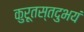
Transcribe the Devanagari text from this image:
कुरूतस्तदुभयं